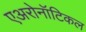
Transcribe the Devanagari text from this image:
एअरोनॉटिकल